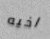
اخيه